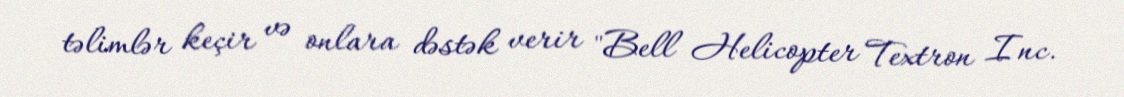
təlimlər keçir və onlara dəstək verir "Bell Helicopter Textron Inc.